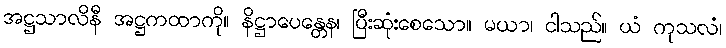
အဋ္ဌသာလိနီ အဋ္ဌကထာကို။ နိဋ္ဌာပေန္တေန၊ ပြီးဆုံးစေသော။ မယာ၊ ငါသည်။ ယံ ကုသလံ၊